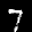
Label: 7